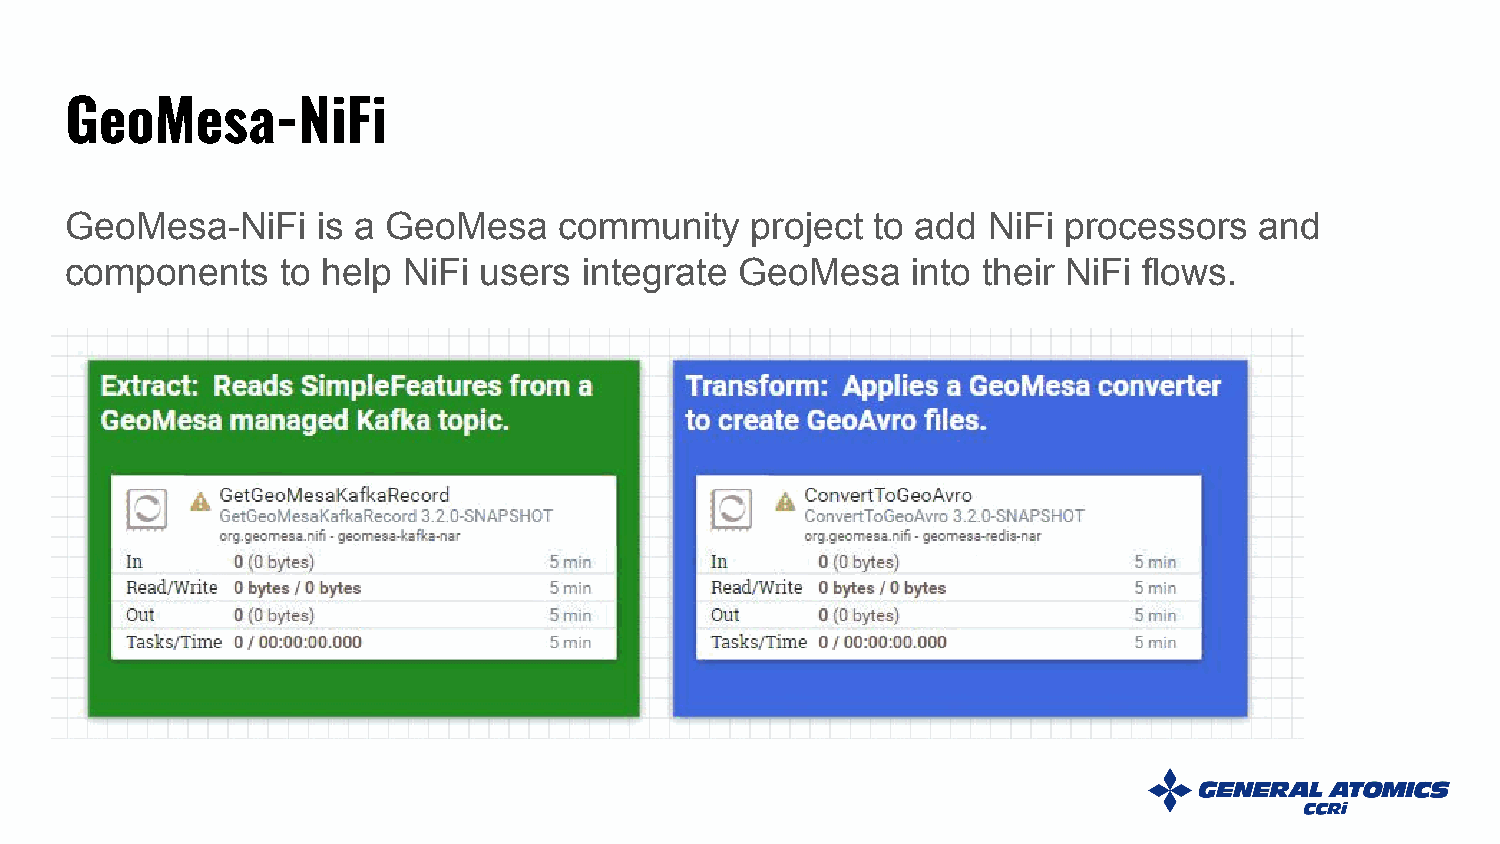
GeoMesa-NiFi
 GeoMesa-NiFi     is a GeoMesa    community    project to add NiFi  processors  and
 components     to help NiFi users  integrate GeoMesa    into their NiFi flows.